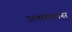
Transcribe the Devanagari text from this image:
अंथरुणास